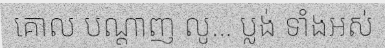
គោល បណ្តាញ លូ... ប្លង់ ទាំងអស់